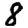
Digit: 8